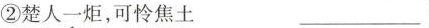
②楚人一炬，可怜焦土 ___